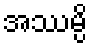
အဿမ္ပိ